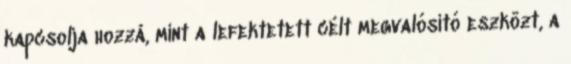
kapcsolja hozzá, mint a lefektetett célt megvalósító eszközt, a